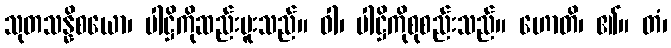
သုတသန္နိစယော၊ ပါဋ္ဌိကိုဆည်းပူးသည်။ ဝါ၊ ပါဋ္ဌိကိုစုစည်းသည်။ ဟောတိ၊ ၏။ တံ၊